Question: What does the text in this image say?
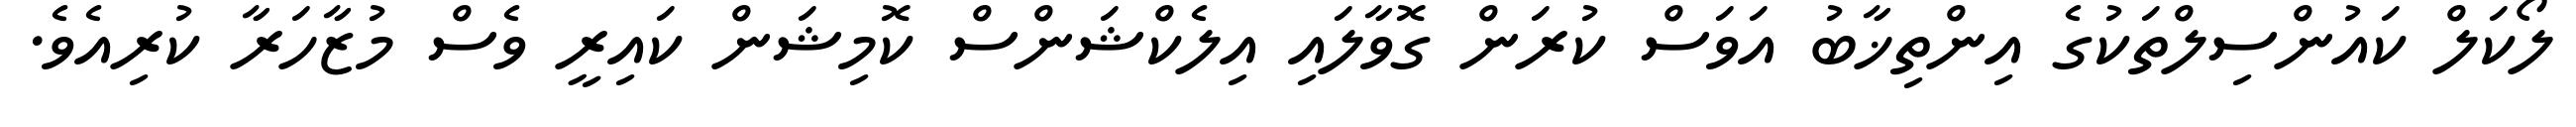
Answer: ލޯކަލް ކައުންސިލްތަކުގެ އިންތިޚާބު އަވަސް ކުރަން ގޮވާލައި އިލެކްޝަންސް ކޮމިޝަން ކައިރީ ވެސް މުޒާހަރާ ކުރިއެވެ.